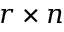
r \times n